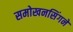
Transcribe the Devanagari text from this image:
समोखनसिंगने